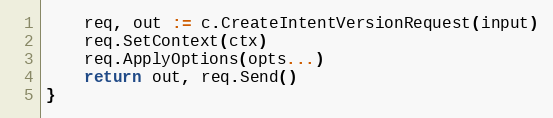
Language: Go
	req, out := c.CreateIntentVersionRequest(input)
	req.SetContext(ctx)
	req.ApplyOptions(opts...)
	return out, req.Send()
}